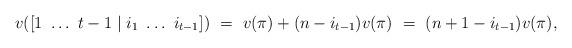
LaTeX: \begin{align*}v([1\ \dots\ t-1 \mid i_1\ \dots\ i_{t-1}])\ =\ v(\pi)+(n-i_{t-1})v(\pi)\ =\ (n+1-i_{t-1})v(\pi),\end{align*}